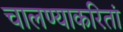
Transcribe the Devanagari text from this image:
चालण्याकरितां